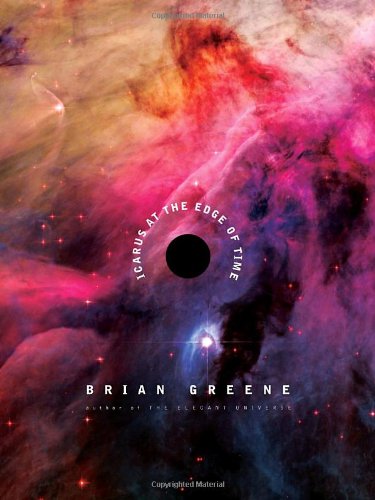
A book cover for Icarus at the Edge of Time; Brian Greene; Science & Math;